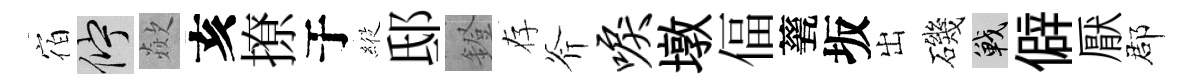
宿伫歘亥撩于𦂵邸鐙存斧唳墩偪甆坂出磯戰僻厭郡